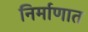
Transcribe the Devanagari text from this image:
निर्माणात